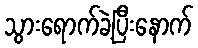
သွားရောက်ခဲ့ပြီးနောက်